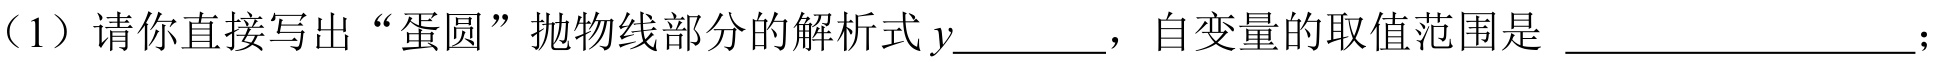
（1）请你直接写出“蛋圆”抛物线部分的解析式\(y\)________，自变量的取值范围是 ______________；